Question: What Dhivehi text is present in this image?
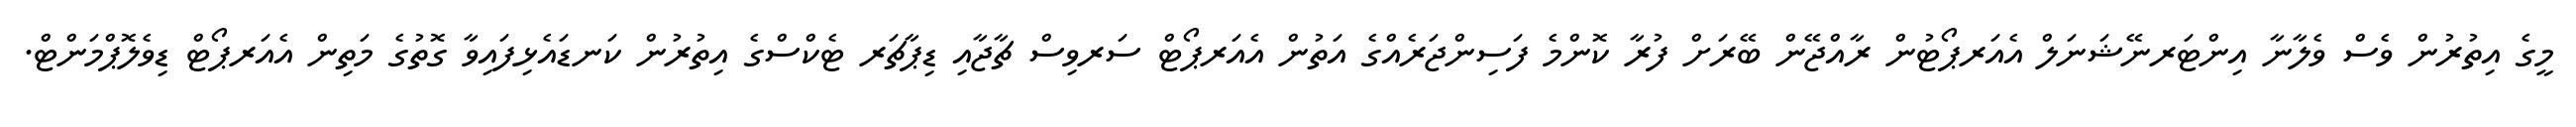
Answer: މީގެ އިތުރުން ވެސް ވެލާނާ އިންޓަރނޭޝަނަލް އެއަރޕޯޓުން ރާއްޖޭން ބޭރަށް ފުރާ ކޮންމެ ފަސިންޖަރެއްގެ އަތުން އެއަރޕޯޓް ސަރވިސް ޗާޖާއި ޑިޕާޗަރ ޓެކްސްގެ އިތުރުން ކަނޑައެޅިފައިވާ ގޮތުގެ މަތިން އެއަރޕޯޓް ޑިވެލޮޕްމަންޓް.